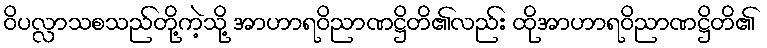
ဝိပလ္လာသစသည်တို့ကဲ့သို့ အာဟာရဝိညာဏဋ္ဌိတိ၏လည်း ထိုအာဟာရဝိညာဏဋ္ဌိတိ၏